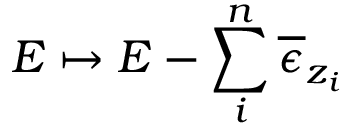
E \mapsto E - \sum _ { i } ^ { n } \overline { { \epsilon } } _ { z _ { i } }